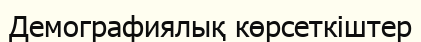
Демографиялық көрсеткіштер